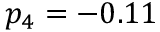
p _ { 4 } = - 0 . 1 1